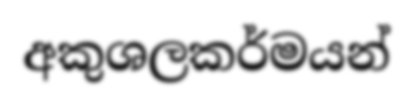
අකුශලකර්මයන්